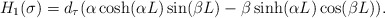
\begin{align*} H_1(\sigma) = d_\tau (\alpha \cosh(\alpha L)\sin(\beta L)-\beta \sinh(\alpha L)\cos(\beta L)).\end{align*}